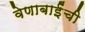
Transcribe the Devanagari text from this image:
वेणाबाईंची